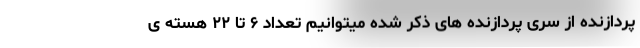
پردازنده از سری پردازنده های ذکر شده میتوانیم تعداد ۶ تا ۲۲ هسته ی